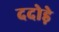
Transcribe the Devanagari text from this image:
ददोड़े